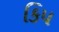
કિપ